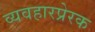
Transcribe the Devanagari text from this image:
व्यवहारप्रेरक